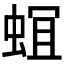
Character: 𮔎